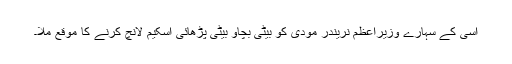
اسی کے سہارے وزیراعظم نریندر مودی کو بیٹی بچاؤ بیٹی پڑھائی اسکیم لانچ کرنے کا موقع ملا۔